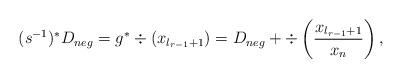
LaTeX: \begin{align*}(s^{-1})^* D_{neg}=g^*\div (x_{l_{r-1}+1}) = D_{neg}+\div\left(\frac{x_{l_{r-1}+1}}{x_n}\right),\end{align*}